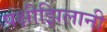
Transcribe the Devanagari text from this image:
पक्षीझिलानी